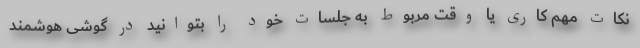
نکات مهم کاری یا وقت مربوط به جلسات خود را بتوانید در گوشی هوشمند